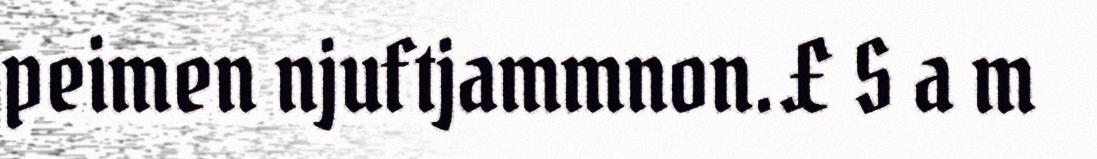
peimen njuftjammnon. £ S a m